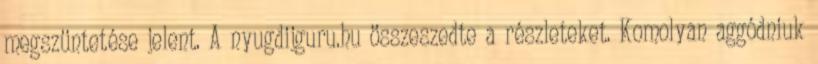
megszüntetése jelent. A nyugdijguru.hu összeszedte a részleteket. Komolyan aggódniuk